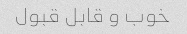
خوب و قابل قبول